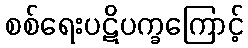
စစ်ရေးပဋိပက္ခကြောင့်